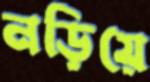
নড়িয়ে